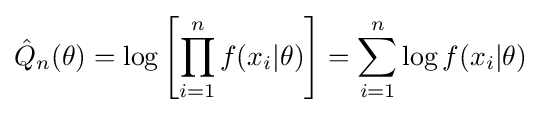
{\hat {Q}}_{n}(\theta )=\log \left[\prod _{i=1}^{n}f(x_{i}|\theta )\right]=\sum _{i=1}^{n}\log f(x_{i}|\theta )